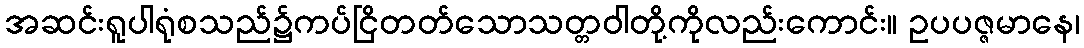
အဆင်းရူပါရုံစသည်၌ကပ်ငြိတတ်သောသတ္တဝါတို့ကိုလည်းကောင်း။ ဥပပဇ္ဇမာနေ၊